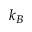
k _ { B }